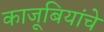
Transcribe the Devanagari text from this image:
काजूबियांचे